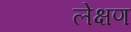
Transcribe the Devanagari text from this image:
लेक्षण